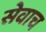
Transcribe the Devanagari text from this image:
सेवाच